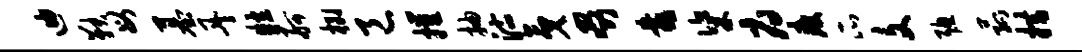
迪鞅母墓丹粒舸榔邑摧抽沽夷啜靠粢府疲瓜文聪菰措